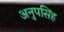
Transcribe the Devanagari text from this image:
अनुपसिंह